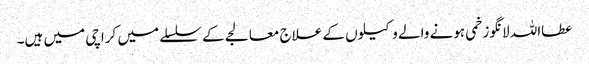
عطااللہ لانگو زخمی ہونے والے وکیلوں کے علاج معالجے کے سلسلے میں کراچی میں ہیں۔